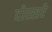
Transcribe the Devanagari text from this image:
दोस्सरे